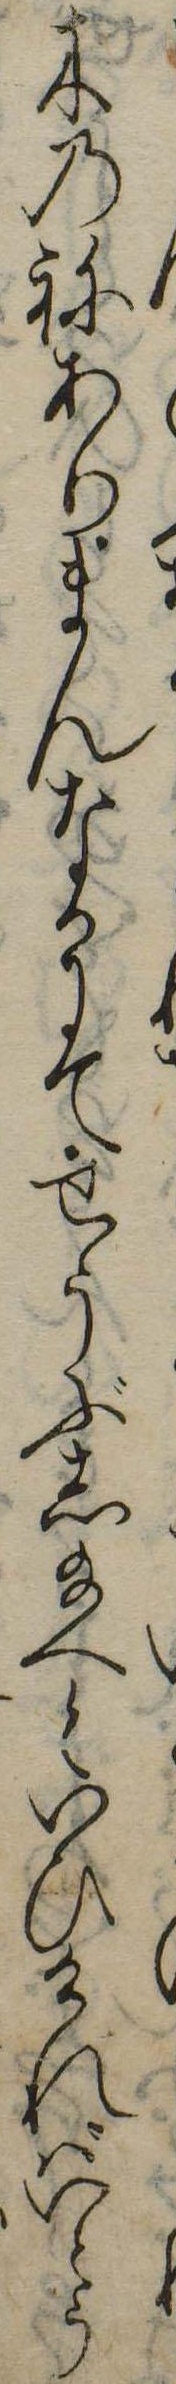
木のねありまんなかにてせうぶし給へといひければいとう